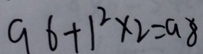
9 6 + 1 ^ { 2 } \times 2 = 9 8